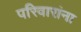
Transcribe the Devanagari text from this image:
परिवारांना